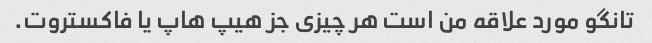
تانگو مورد علاقه من است هر چیزی جز هیپ هاپ یا فاکستروت.